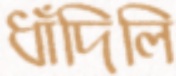
ধাঁদিলি